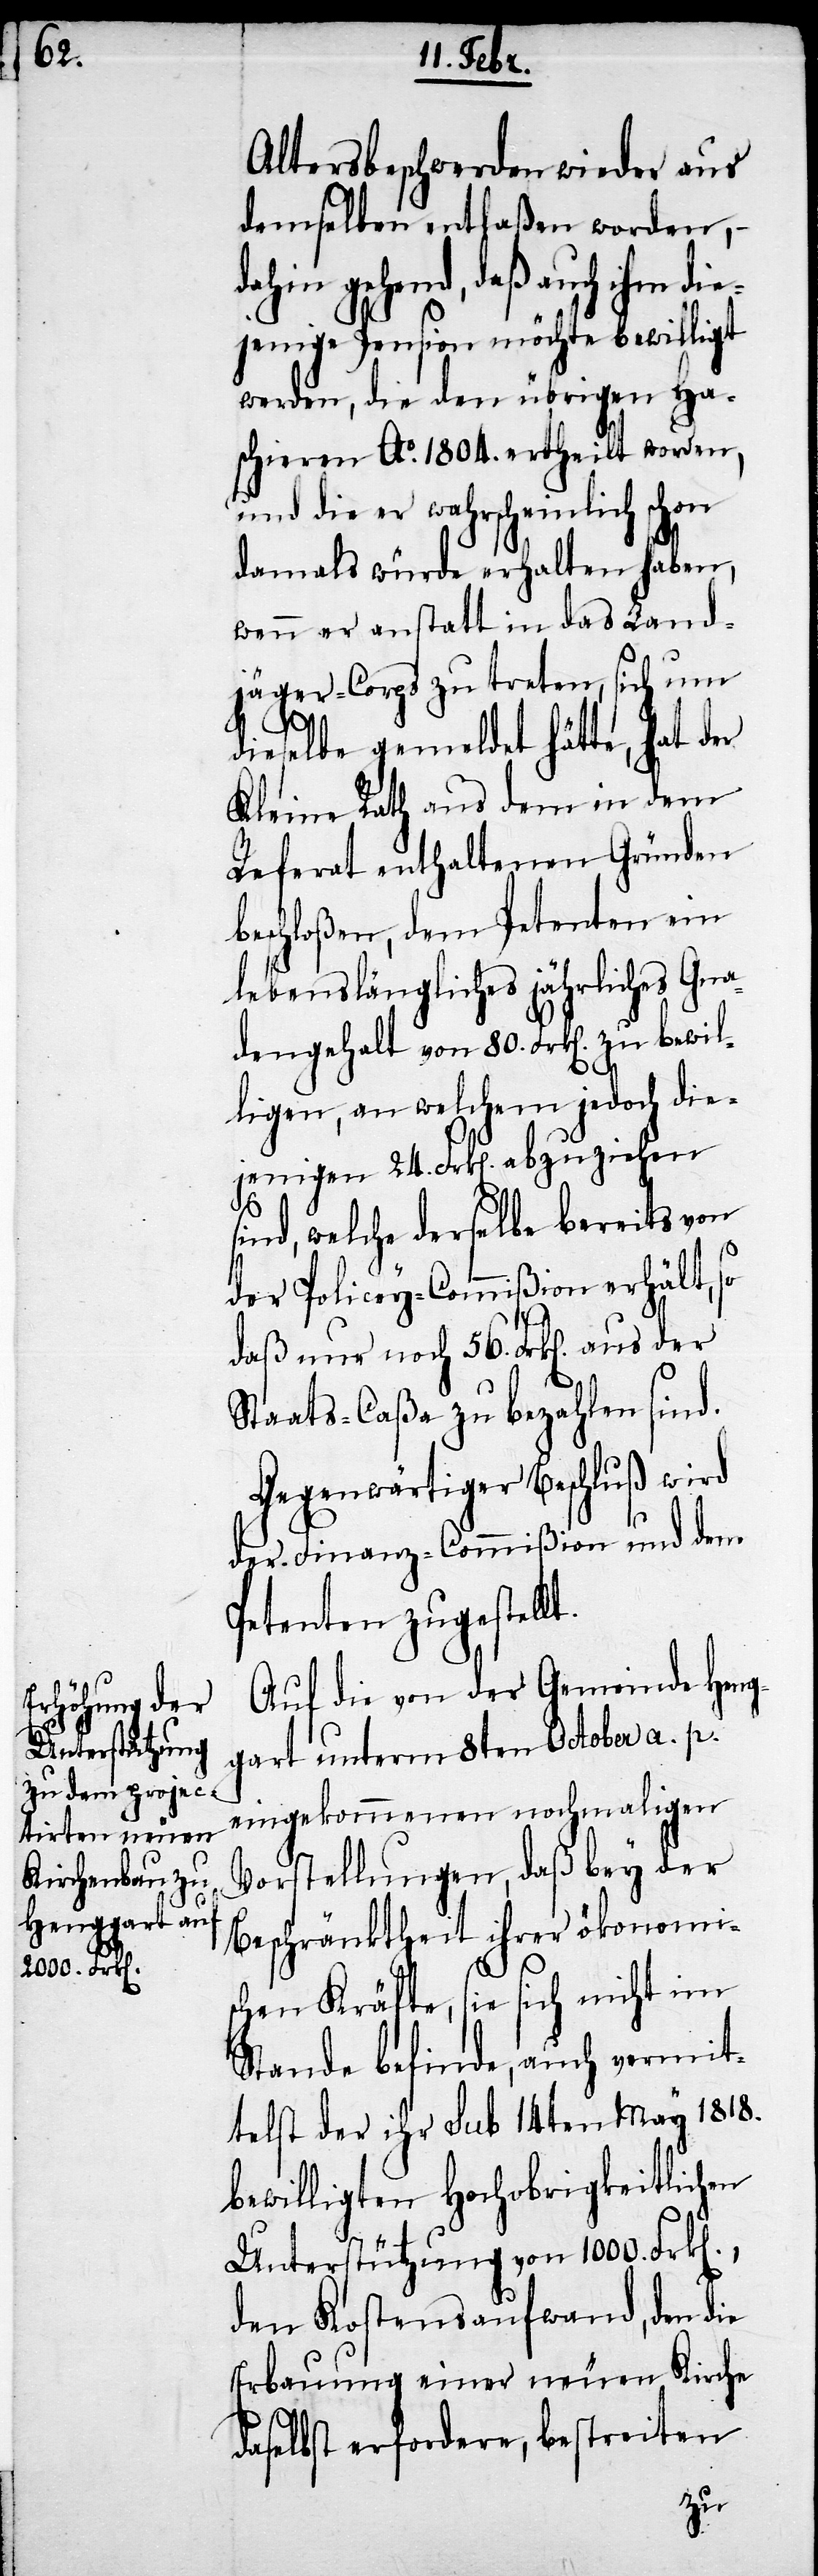
Altersbeschwerden wieder aus
demselben entlaßen worden,
dahin gehend, daß auch ihm die¬
jenige Pension möchte bewilligt
werden, die den übrigen Ha¬
schieren Ao. 1804. ertheilt worden,
und die er wahrscheinlich schon
damals würde erhalten haben,
wenn er anstatt in das Land¬
jäger-Corps zu treten, sich um
n].,
dieselbe gemeldet hätte, hat der
Kleine Rath aus dem in dem
Referat enthaltenen Gründen
beschloßen, dem Petenten ein
lebenslängliches jährliches Gna¬
dengehalt von 80. Frk[en]. zu bewil¬
ligen, an welchem jedoch die¬
jenigen 24. Frk[en]. abzuziehen
sind, welche derselbe bereits von
der Policey-Commißion erhält,
daß nur noch 56. Frk[en]. aus der
Staats-Caßa zu bezahlen sind.
Gegenwärtiger Beschluß wird
der Finanz-Commißion und dem
Petenten zugestellt.
Auf die von der Gemeinde Heng¬
gart unterm 8ten October a. p.
eingekommenen nochmaligen
Vorstellungen, daß bey der
Beschränktheit ihrer ökonomi¬
schen Kräfte, sie sich nicht im
Stande befinde, auch vermit¬
teltst der ihr sub 14ten May 1818.
bewilligten Hochobrigkeitlichen
Unterstützung von 1000. Frk[e¬
den Kostensaufwand, den die
Erbauung einer neuen Kirche
daselbst erfordere, bestreiten